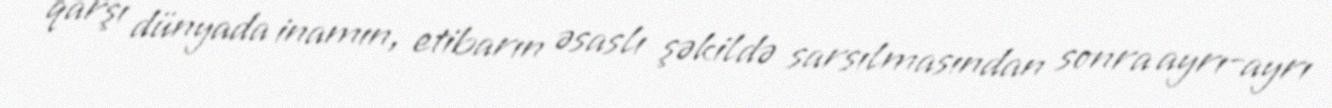
qarşı dünyada inamın, etibarın əsaslı şəkildə sarsılmasından sonra ayrı-ayrı